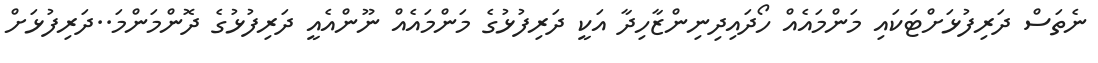
ނެތަސް ދަރިފުޅަށްޓަކައި މަންމައެއް ހޯދައިދިނިންޒާހިދާ އަކީ ދަރިފުޅުގެ މަންމައެއް ނޫންއެއީ ދަރިފުޅުގެ ދޮންމަންމަ..ދަރިފުޅަށް